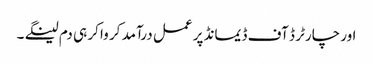
اور چارٹر ڈ آف ڈیمانڈ پر عمل درآمد کر وا کر ہی دم لینگے ۔